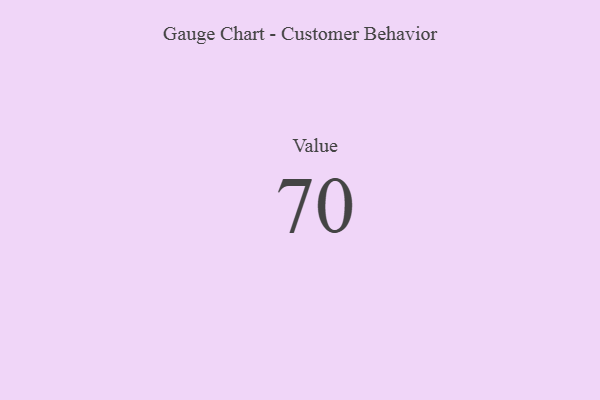
{"axis": {"x": "Metric", "y": "Value"}, "legend": [""], "data": [{"x": "Value", "y": 70, "type": ""}]}